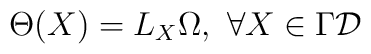
\Theta(X) = {L_X}\Omega,\  \forall X\in \Gamma{\cal D}